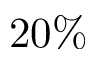
2 0 \%